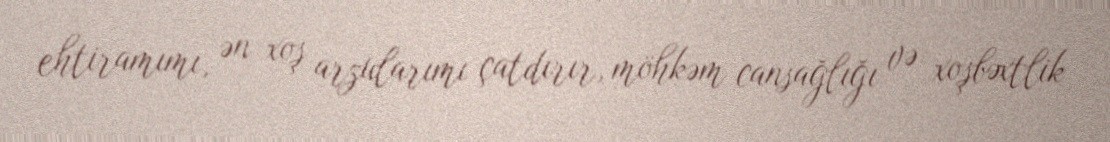
ehtiramımı, ən xoş arzularımı çatdırır, möhkəm cansağlığı və xoşbəxtlik